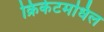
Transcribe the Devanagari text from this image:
क्रिकेटमधिल